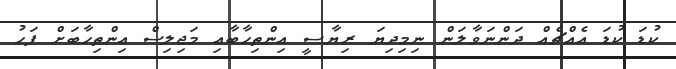
ކުޑަ ކުޑަ އެއްޗެއް ދަންނަވާލަން ނިމިދިޔަ ރިޔާސީ އިންތިހާބާއި މަޖިލިސް އިންތިހާބަށް ފަހު